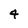
Character: 4